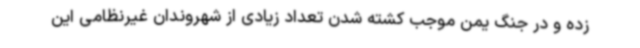
زده و در جنگ یمن موجب کشته شدن تعداد زیادی از شهروندان غیرنظامی این